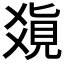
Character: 𤕥